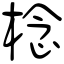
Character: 棯